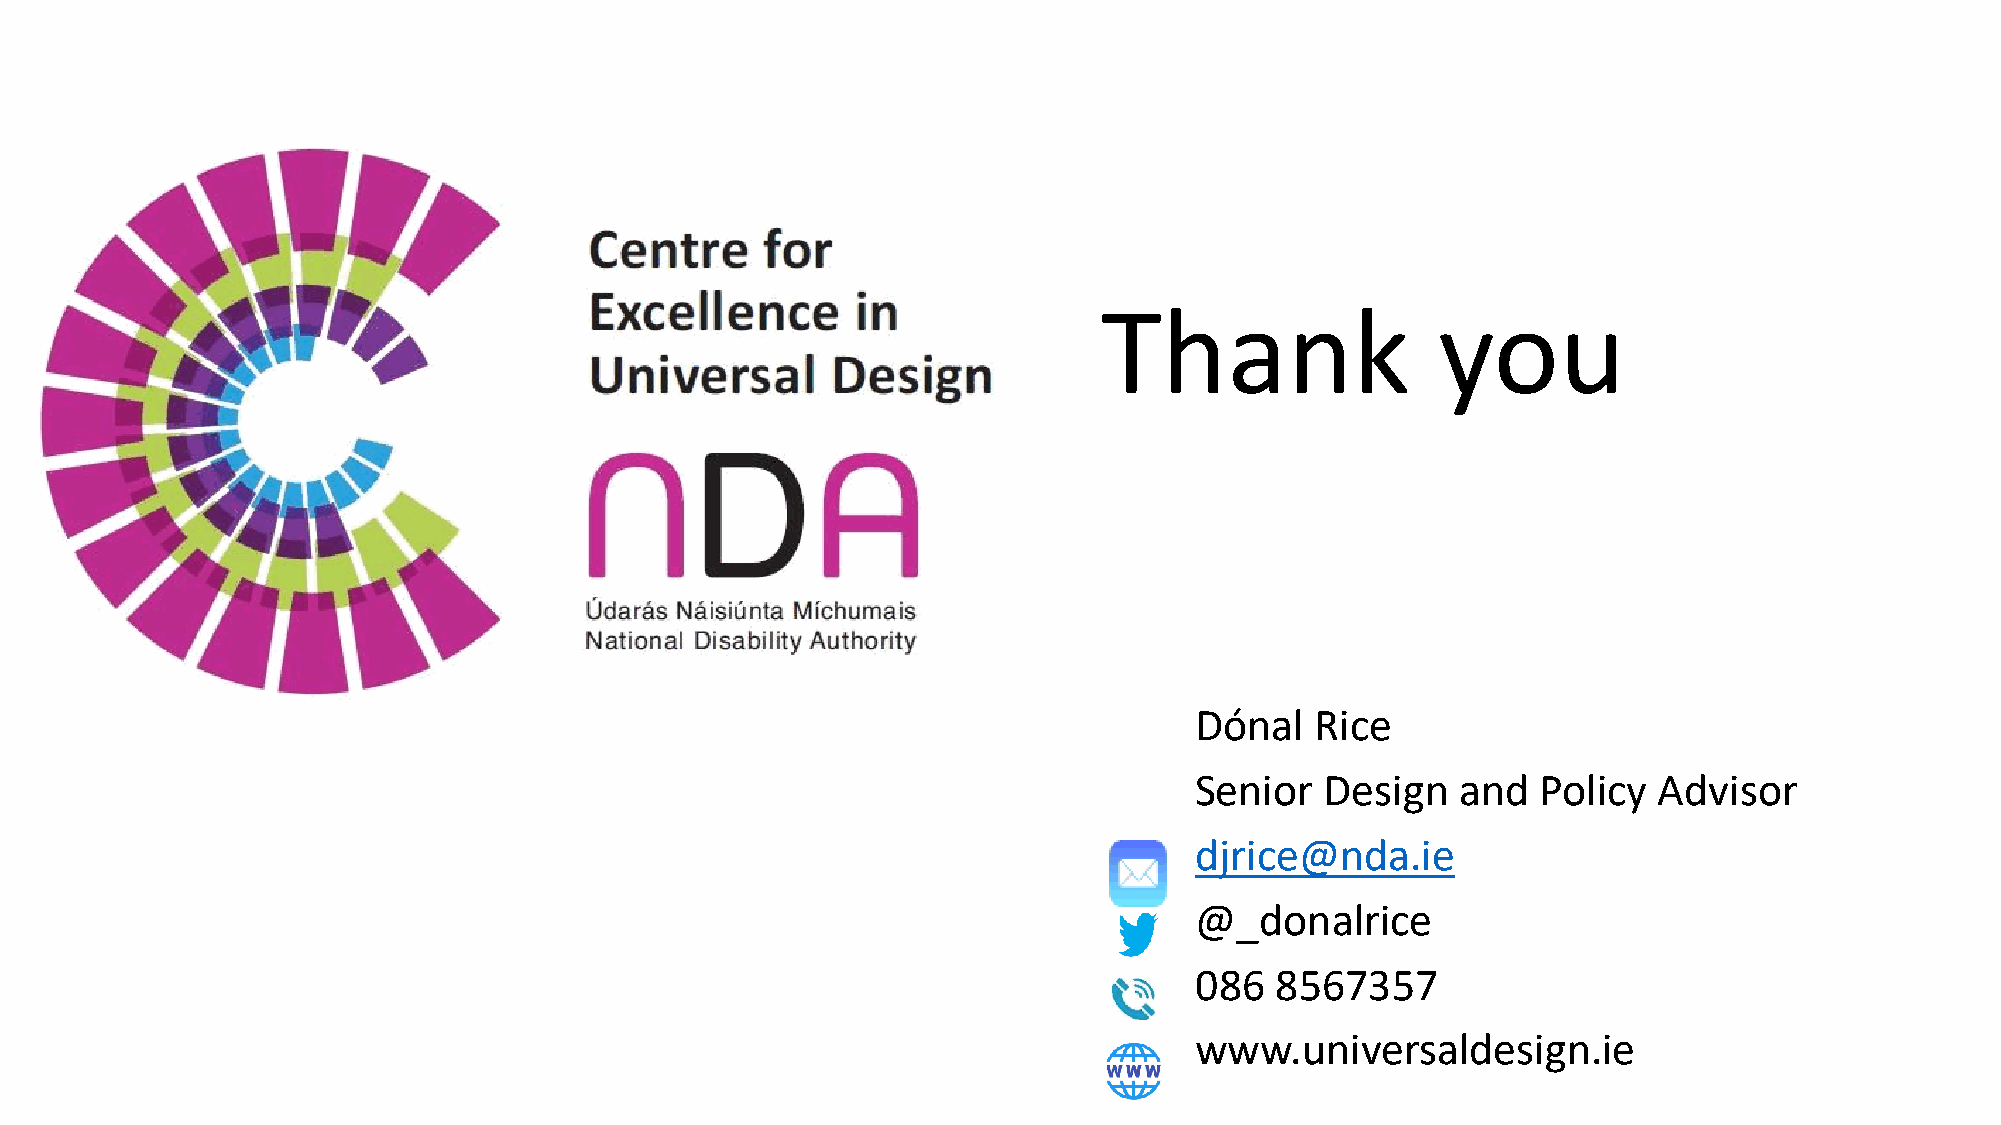
Centre      for
 Excellence        in              Thank                 you
 Universal       Design
 n      D       A
 Udaras Naisi(rnta Mfchumais
 National Disability Authority
 Dónal   Rice
 Senior   Design   and  Policy  Advisor
 djrice@nda.ie
 @_donalrice
 086  8567357
 ~
 www.universaldesign.ie
 ~
 WWW
 ~